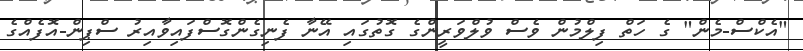
"އެކްސް-މެން" ގެ ހަތް ފިލްމުން ވެސް ވުލްވަރީންގެ ގޮތުގައި އޭނާ ފެނިގެންގޮސްފައިވާއިރު ސްޕިން-އޮފެއްގެ